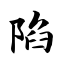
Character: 陷